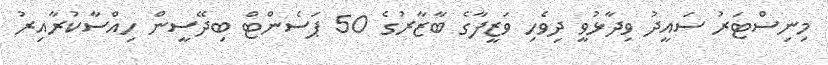
މިނިސްޓަރު ސައީދު ވިދާޅުވީ ދިވެހި ވަޒީފާގެ ބާޒާރުގެ 50 ޕަސެންޓް ބިދޭސީން ހިއްސާކުރާއިރު